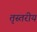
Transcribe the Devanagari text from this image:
तृस्तरीय